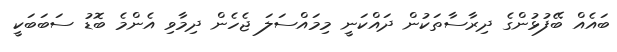
ބައެއް ބޭފުޅުންގެ ދިރާސާތަކުން ދައްކަނީ މިމައްސަލަ ޖެހެން ދިމާވި އެންމެ ބޮޑު ސަބަބަކީ